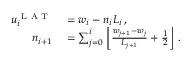
\begin{array} { r l } { u _ { i } ^ { \mathrm { ~ L ~ A ~ T ~ } } } & { { } = w _ { i } - n _ { i } L _ { i } \, , } \\ { n _ { i + 1 } } & { { } = \sum _ { j = 0 } ^ { i } \left\lfloor \frac { w _ { j + 1 } - w _ { j } } { L _ { j + 1 } } + \frac { 1 } { 2 } \right\rfloor \, . } \end{array}